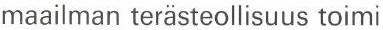
maailman terästeollisuus toimi